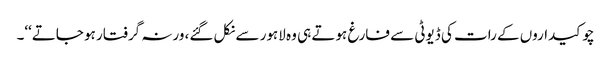
چوکیداروں کے رات کی ڈیوٹی سے فارغ ہوتے ہی وہ لاہور سے نکل گئے، ورنہ گرفتار ہو جاتے‘‘۔